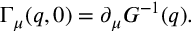
\Gamma _ { \mu } ( q , 0 ) = \partial _ { \mu } G ^ { - 1 } ( q ) .